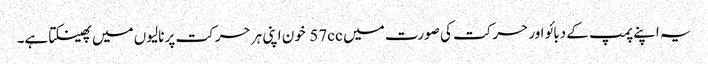
یہ اپنے پمپ کے دبائو اور حرکت کی صورت میں 57cc خون اپنی ہر حرکت پر نالیوں میں پھینکتا ہے۔